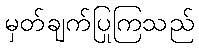
မှတ်ချက်ပြုကြသည်